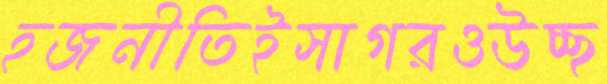
হজনীতিইসাগরওউচ্ছ